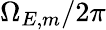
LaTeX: \Omega_{E,m}/2\pi